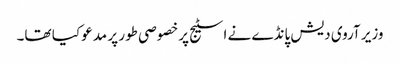
وزیر آروی دیش پانڈے نے اسٹیج پرخصوصی طور پر مدعو کیا تھا۔